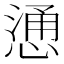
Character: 慂